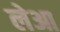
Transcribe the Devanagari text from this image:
लेआ